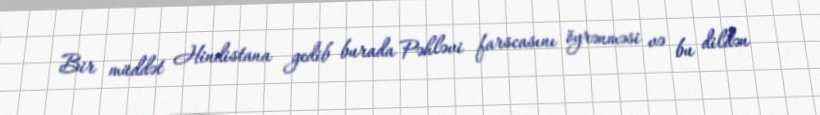
Bir müddət Hindistana gedib burada Pəhləvi farscasını öyrənməsi və bu dildən